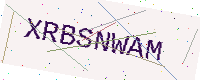
Text: XRBSNWAM